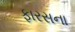
ફારસના